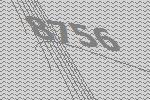
8756